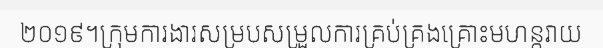
២០១៩។ក្រុមការងារសម្របសម្រួលការគ្រប់គ្រងគ្រោះមហន្តរាយ